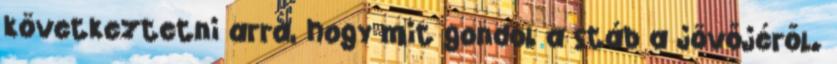
következtetni arra, hogy mit gondol a stáb a jövőjéről.